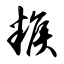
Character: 糇